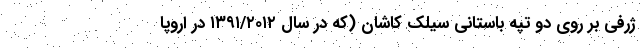
ژرفی بر روی دو تپه باستانی سیلک کاشان (که در سال ۱۳۹۱/۲۰۱۲ در اروپا